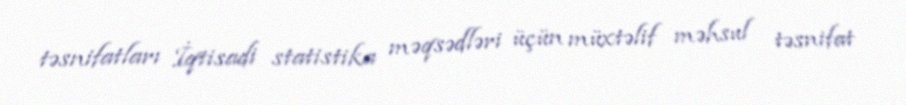
təsnifatları İqtisadi statistika məqsədləri üçün müxtəlif məhsul təsnifat